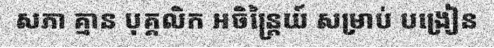
សភា គ្មាន បុគ្គលិក អចិន្ត្រៃយ៍ សម្រាប់ បង្រៀន